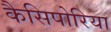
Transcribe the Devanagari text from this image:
कैसिपोरिया